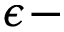
\epsilon -